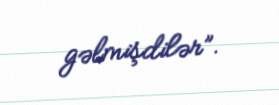
gəlmişdilər”.